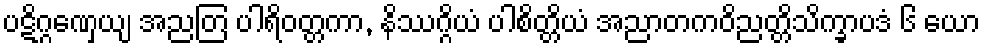
ပဋိဂ္ဂဏှေယျ အညတြ ပါရိဝတ္တကာ, နိဿဂ္ဂိယံ ပါစိတ္တိယံ အညာတကဝိညတ္တိသိက္ခာပဒံ ၆ ယော